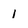
Character: 1